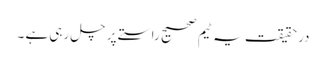
درحقیقت یہ ٹیم صحیح راستے پر چل رہی ہے ۔